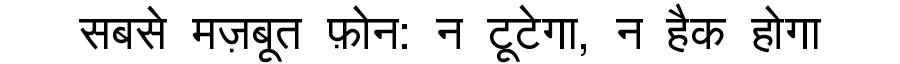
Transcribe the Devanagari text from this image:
सबसे मज़बूत फ़ोन: न टूटेगा, न हैक होगा